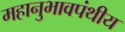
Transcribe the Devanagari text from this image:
महानुभावपंथीय